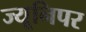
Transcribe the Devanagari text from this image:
ज्यूनिपर